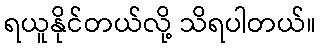
ရယူနိုင်တယ်လို့ သိရပါတယ်။